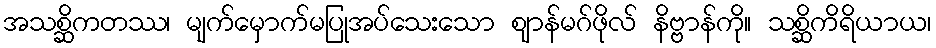
အသစ္ဆိကတဿ၊ မျက်မှောက်မပြုအပ်သေးသော ဈာန်မဂ်ဖိုလ် နိဗ္ဗာန်ကို။ သစ္ဆိကိရိယာယ၊